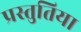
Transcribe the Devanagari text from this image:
प्रस्तुतिया